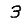
Digit: 3